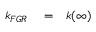
\begin{array} { r l r } { k _ { F G R } } & { { } = } & { k ( \infty ) } \end{array}